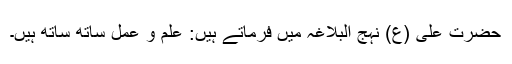
حضرت علی (ع) نہج البلاغہ میں فرماتے ہیں: علم و عمل ساتھ ساتھ ہیں۔